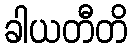
ခါယတီတိ